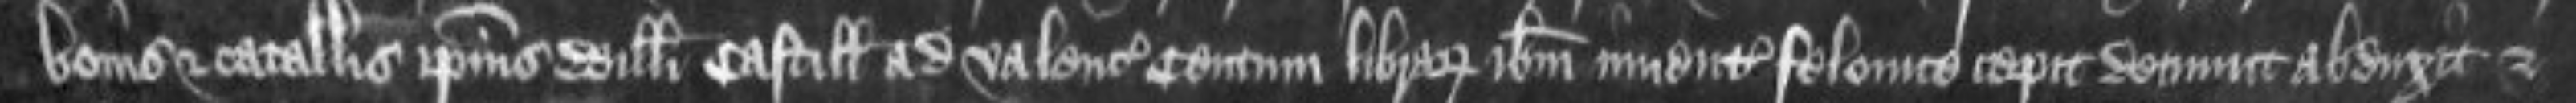
bonis et catallis ipsius Willelmi Castill ad valenciam centum librarum ibidem inventis felonice cepit detinuit abduxit et